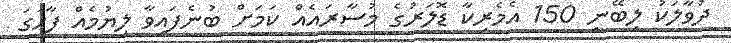
ދުވާލަކު ލިބޭނީ 150 އެމެރިކާ ޑޮލަރުގެ މުސާރައެއް ކަމަށް ބުނެފައިވާ ލިޔުމެއް ފާހަގަ